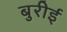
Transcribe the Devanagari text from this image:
बुरीई